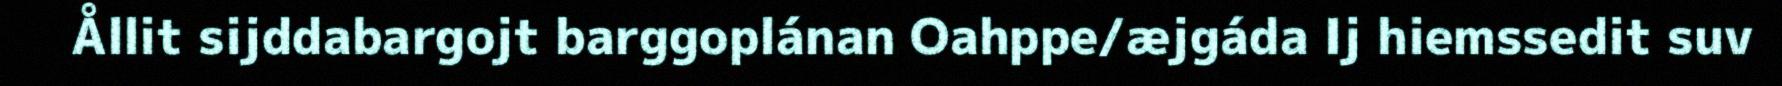
Ållit sijddabargojt barggoplánan Oahppe/æjgáda Ij hiemssedit suv